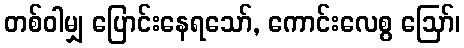
တစ်ဝါမျှ ပြောင်းနေရသော်, ကောင်းလေစွ ဩော်၊